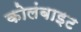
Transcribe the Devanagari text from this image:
कोलंबाइट